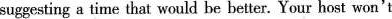
suggesting a time that would be hetter. Your host won't